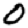
Digit: 0